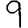
Digit: 9